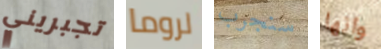
تجبريني لروما سنجرب وانها